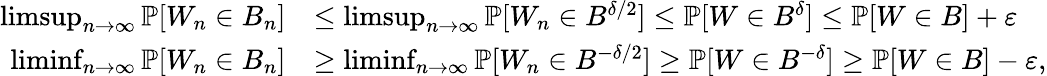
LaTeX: \begin{array}{rl}{\operatorname*{limsup}_{n\rightarrow\infty}\mathbb{P}[W_{n}\in B_{n}]}&{\leq\operatorname*{limsup}_{n\rightarrow\infty}\mathbb{P}[W_{n}\in B^{\delta/2}]\leq\mathbb{P}[W\in B^{\delta}]\leq\mathbb{P}[W\in B]+\varepsilon}\\ {\operatorname*{liminf}_{n\rightarrow\infty}\mathbb{P}[W_{n}\in B_{n}]}&{\geq\operatorname*{liminf}_{n\rightarrow\infty}\mathbb{P}[W_{n}\in B^{-\delta/2}]\geq\mathbb{P}[W\in B^{-\delta}]\geq\mathbb{P}[W\in B]-\varepsilon,}\end{array}